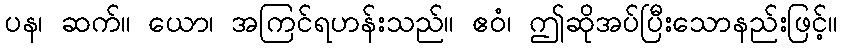
ပန၊ ဆက်။ ယော၊ အကြင်ရဟန်းသည်။ ဧဝံ၊ ဤဆိုအပ်ပြီးသောနည်းဖြင့်။